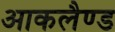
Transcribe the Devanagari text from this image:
आकलैण्ड